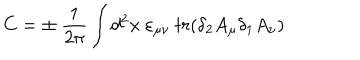
LaTeX: C = \pm \ { \frac { 1 } { 2 \pi } } \int d ^ { 2 } x \ \varepsilon _ { \mu \nu } \ t r ( \delta _ { 2 } A _ { \mu } \delta _ { 1 } A _ { \nu } )